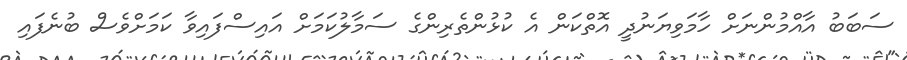
ސަބަބު އާއްމުންނަށް ހާމަވިޔަނުދީ އޮތްކަން އެ ކުޅުންތެރިންގެ ސަމާލުކަމަށް އައިސްފައިވާ ކަމަށްވެސް ބުނެފައި